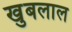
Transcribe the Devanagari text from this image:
खुबलाल